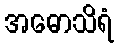
အဓောသိရံ